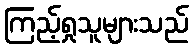
ကြည့်ရှုသူများသည်